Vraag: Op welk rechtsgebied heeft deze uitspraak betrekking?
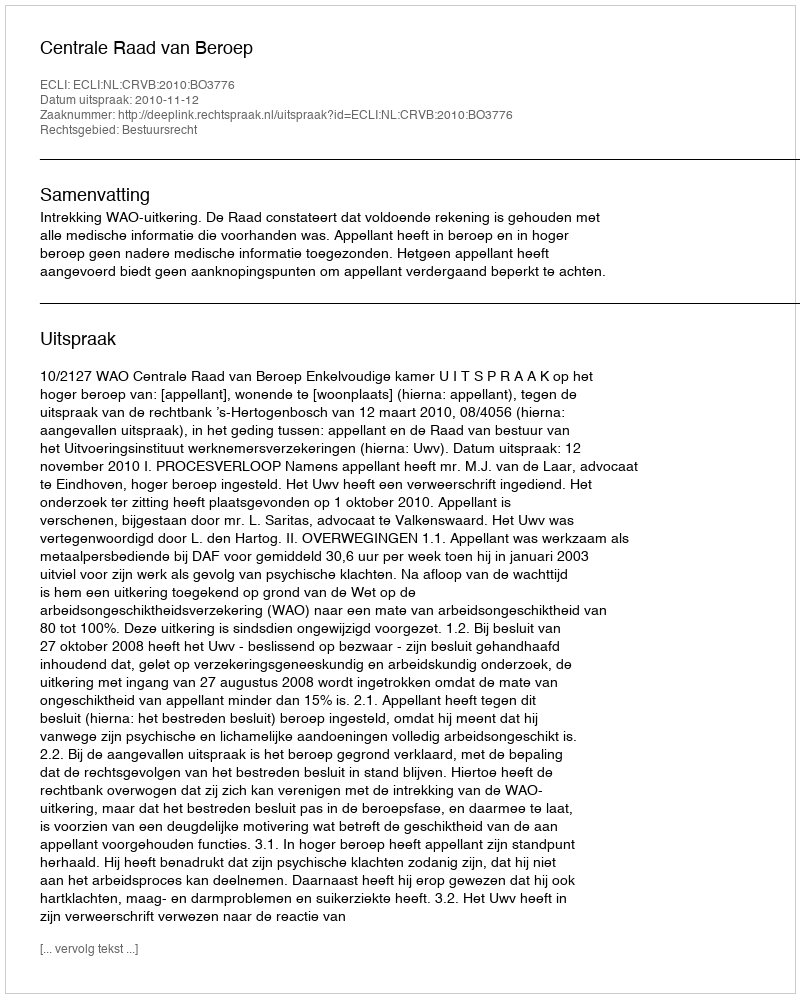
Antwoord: Bestuursrecht